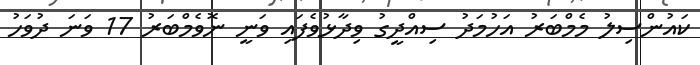
ކައުންސިލު މެމްބަރު އަހުމަދު ސިއްދީގު ވިދާޅުވެފައި ވަނީ ނޮވެމްބަރު 17 ވަނަ ދުވަހު